Civil Veterinary Dept. Assam report 1927-50 - 1927-1950
Year: 1927
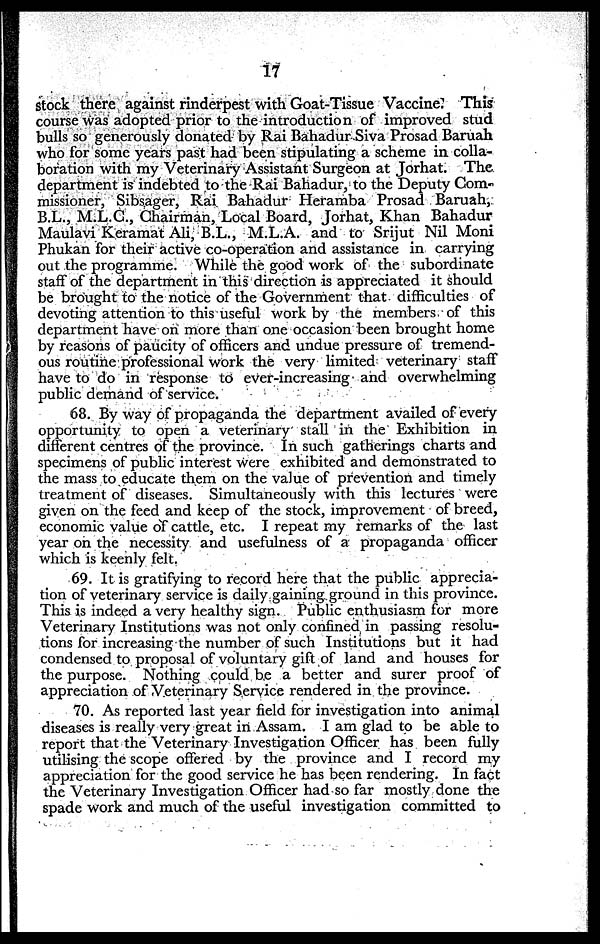
17
stock there against rinderpest with Goat-Tissue Vaccine. This
course was adopted prior to the introduction of improved stud
bulls so generously donated by Rai Bahadur Siva Prosad Baruah
who for some years past had been stipulating a scheme in colla-
boration with my Veterinary Assistant Surgeon at Jorhat. The
department is indebted to the Rai Bahadur, to the Deputy Com-
missioner, Sibsager, Rai Bahadur Heramba Prosad Baruah,
B.L., M.L.C., Chairman, Local Board, Jorhat, Khan Bahadur
Maulavi Keramat Ali, B.L., M.L.A. and to Srijut Nil Moni
Phukan for their active co-operation and assistance in carrying
out the programme. While the good work of the subordinate
staff of the department in this direction is appreciated it should
be brought to the notice of the Government that difficulties of
devoting attention to this useful work by the members of this
department have on more than one occasion been brought home
by reasons of paucity of officers and undue pressure of tremend-
ous routine professional work the very limited veterinary staff
have to do in response to ever-increasing and overwhelming
public demand of service.
68. By way of propaganda the department availed of every
opportunity to open a veterinary stall in the Exhibition in
different centres of the province. In such gatherings charts and
specimens of public interest were exhibited and demonstrated to
the mass to educate them on the value of prevention and timely
treatment of diseases. Simultaneously with this lectures were
given on the feed and keep of the stock, improvement of breed,
economic value of cattle, etc. I repeat my remarks of the last
year on the necessity and usefulness of a propaganda officer
which is keenly felt.
69. It is gratifying to record here that the public apprecia-
tion of veterinary service is daily gaining ground in this province.
This is indeed a very healthy sign. Public enthusiasm for more
Veterinary Institutions was not only confined in passing resolu-
tions for increasing the number of such Institutions but it had
condensed to proposal of voluntary gift of land and houses for
the purpose. Nothing could be a better and surer proof of
appreciation of Veterinary Service rendered in the province.
70. As reported last year field for investigation into animal
diseases is really very great in Assam. I am glad to be able to
report that the Veterinary Investigation Officer has been fully
utilising the scope offered by the province and I record my
appreciation for the good service he has been rendering. In fact
the Veterinary Investigation Officer had so far mostly done the
spade work and much of the useful investigation committed to